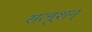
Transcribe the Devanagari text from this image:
सलूशन्